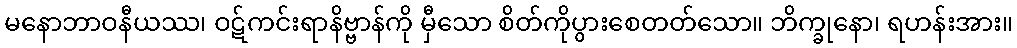
မနောဘာဝနီယဿ၊ ဝဋ်ကင်းရာနိဗ္ဗာန်ကို မှီသော စိတ်ကိုပွားစေတတ်သော။ ဘိက္ခုနော၊ ရဟန်းအား။